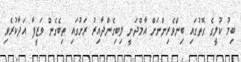
ބިމު ކުލީގެ ގޮތުގައި ބިންވެރިންނަށް އާމްދަނީ ލިބިގެންދާއިރު ރަށުގައި ތިބެގެން ވަޒީފާ އަދާކުރެވި